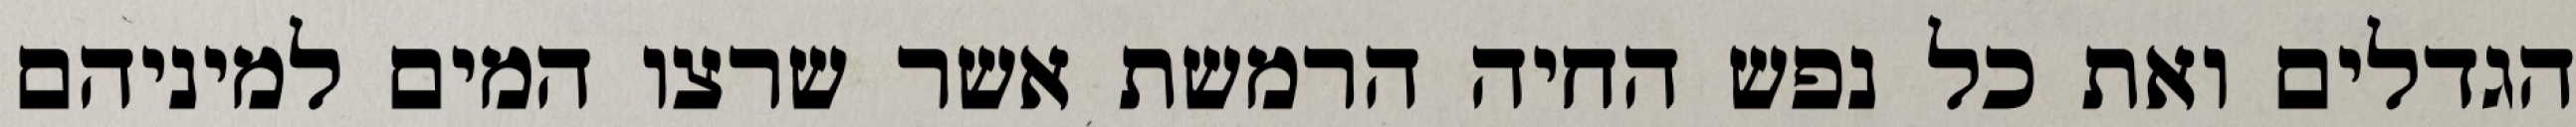
הגדלים ואת כל נפש החיה הרמשת אשר שרצו המים למיניהם